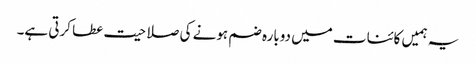
یہ ہمیں کائنات میں دوبارہ ضم ہونے کی صلاحیت عطا کرتی ہے۔